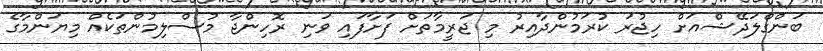
ބަންގްލަދޭޝްއަށް ހިޖުރަ ކުރަމުންދާއިރު މި ޖަރީމާތަށް ފަށާފައި ވަނި ރޮހިންޖާ މުސްލިމުންތަކެއް މިޔަންމާގެ